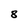
Character: 8